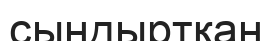
сындыртқан